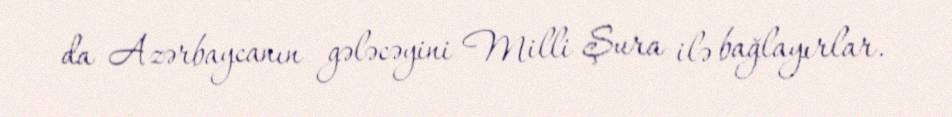
da Azərbaycanın gələcəyini Milli Şura ilə bağlayırlar.